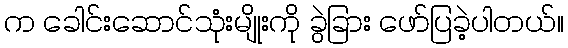
က ခေါင်းဆောင်သုံးမျိုးကို ခွဲခြား ဖော်ပြခဲ့ပါတယ်။